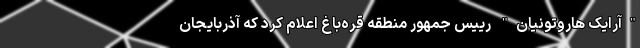
"آرایک هاروتونیان" رییس جمهور منطقه قره‌باغ اعلام کرد که آذربایجان